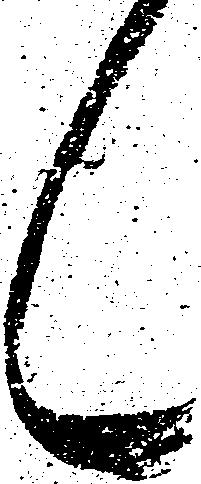
々